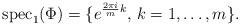
LaTeX: \begin{align*}\mathrm{spec}_1(\Phi) = \lbrace e^{\frac{2\pi i}{m}k} ,\, k=1,\ldots, m \rbrace.\end{align*}